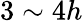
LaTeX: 3\sim 4h